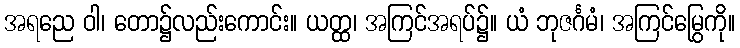
အရညေ ဝါ၊ တော၌လည်းကောင်း။ ယတ္ထ၊ အကြင်အရပ်၌။ ယံ ဘုဇင်္ဂမံ၊ အကြင်မြွေကို။